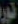
نورد